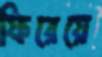
ফিরেয়ে